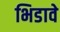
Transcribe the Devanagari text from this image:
भिडावे